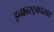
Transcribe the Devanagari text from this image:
इन्फ्रास्ट्रक्चरवर